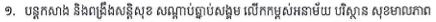
១. បន្តកសាង និងពង្រឺងសន្តិសុខ សណ្តាប់ធ្នាប់សង្គម លើកកម្ពស់អនាម័យ បរីស្ថាន សុខមាលភាព